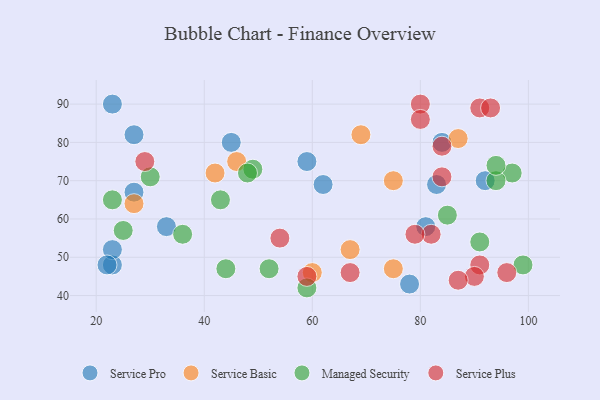
{"axis": {"x": "GDP", "y": "Life Expectancy"}, "legend": ["Managed Security", "Service Basic", "Service Plus", "Service Pro"], "data": [{"x": "23", "y": 48, "type": "Service Pro"}, {"x": "78", "y": 43, "type": "Service Pro"}, {"x": "23", "y": 52, "type": "Service Pro"}, {"x": "59", "y": 75, "type": "Service Pro"}, {"x": "81", "y": 58, "type": "Service Pro"}, {"x": "84", "y": 80, "type": "Service Pro"}, {"x": "62", "y": 69, "type": "Service Pro"}, {"x": "27", "y": 82, "type": "Service Pro"}, {"x": "27", "y": 67, "type": "Service Pro"}, {"x": "45", "y": 80, "type": "Service Pro"}, {"x": "83", "y": 69, "type": "Service Pro"}, {"x": "92", "y": 70, "type": "Service Pro"}, {"x": "33", "y": 58, "type": "Service Pro"}, {"x": "23", "y": 90, "type": "Service Pro"}, {"x": "22", "y": 48, "type": "Service Pro"}, {"x": "27", "y": 64, "type": "Service Basic"}, {"x": "67", "y": 52, "type": "Service Basic"}, {"x": "69", "y": 82, "type": "Service Basic"}, {"x": "75", "y": 47, "type": "Service Basic"}, {"x": "75", "y": 70, "type": "Service Basic"}, {"x": "46", "y": 75, "type": "Service Basic"}, {"x": "42", "y": 72, "type": "Service Basic"}, {"x": "87", "y": 81, "type": "Service Basic"}, {"x": "60", "y": 46, "type": "Service Basic"}, {"x": "97", "y": 72, "type": "Managed Security"}, {"x": "94", "y": 70, "type": "Managed Security"}, {"x": "85", "y": 61, "type": "Managed Security"}, {"x": "30", "y": 71, "type": "Managed Security"}, {"x": "36", "y": 56, "type": "Managed Security"}, {"x": "43", "y": 65, "type": "Managed Security"}, {"x": "49", "y": 73, "type": "Managed Security"}, {"x": "48", "y": 72, "type": "Managed Security"}, {"x": "23", "y": 65, "type": "Managed Security"}, {"x": "99", "y": 48, "type": "Managed Security"}, {"x": "25", "y": 57, "type": "Managed Security"}, {"x": "91", "y": 54, "type": "Managed Security"}, {"x": "94", "y": 74, "type": "Managed Security"}, {"x": "59", "y": 42, "type": "Managed Security"}, {"x": "52", "y": 47, "type": "Managed Security"}, {"x": "44", "y": 47, "type": "Managed Security"}, {"x": "96", "y": 46, "type": "Service Plus"}, {"x": "82", "y": 56, "type": "Service Plus"}, {"x": "79", "y": 56, "type": "Service Plus"}, {"x": "91", "y": 89, "type": "Service Plus"}, {"x": "91", "y": 48, "type": "Service Plus"}, {"x": "29", "y": 75, "type": "Service Plus"}, {"x": "90", "y": 45, "type": "Service Plus"}, {"x": "93", "y": 89, "type": "Service Plus"}, {"x": "84", "y": 79, "type": "Service Plus"}, {"x": "84", "y": 71, "type": "Service Plus"}, {"x": "80", "y": 90, "type": "Service Plus"}, {"x": "67", "y": 46, "type": "Service Plus"}, {"x": "59", "y": 45, "type": "Service Plus"}, {"x": "80", "y": 86, "type": "Service Plus"}, {"x": "54", "y": 55, "type": "Service Plus"}, {"x": "87", "y": 44, "type": "Service Plus"}]}